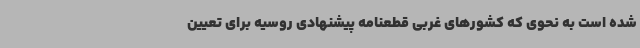
شده است به نحوی که کشورهای غربی قطعنامه پیشنهادی روسیه برای تعیین